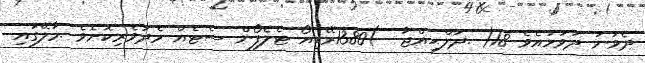
ދެވަނަ ދުވަހުއެވެ 18( .ޛުލްޙިއްޖާ  )1380ރޭޑިއޯ ޓެލެފޯން ސެޓެއް މެދުވެރިކޮށެވެ .މާލޭގައި